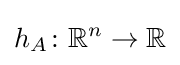
h_{A}\colon \mathbb {R} ^{n}\to \mathbb {R}